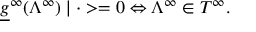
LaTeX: \underline { { { g } } } ^ { \infty } ( \Lambda ^ { \infty } ) \mid \cdot > = 0 \Leftrightarrow \Lambda ^ { \infty } \in T ^ { \infty } .